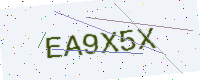
Text: EA9X5X